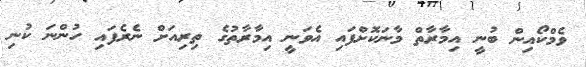
ވެމްކޯއިން ބުނީ އިމާރާތް މާނަކޮށްފައި އެވަނީ އިމާރާތުގެ ތިރިއަށް ނެރެފައި ހުންނަ ކުނި